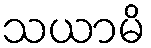
သယာမိ